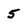
Character: 5